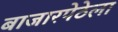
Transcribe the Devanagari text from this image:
बाजारपेठेला